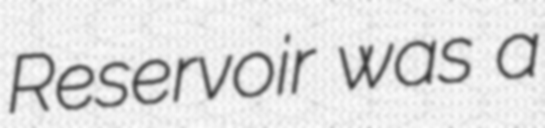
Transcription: Reservoir was a